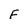
Character: F